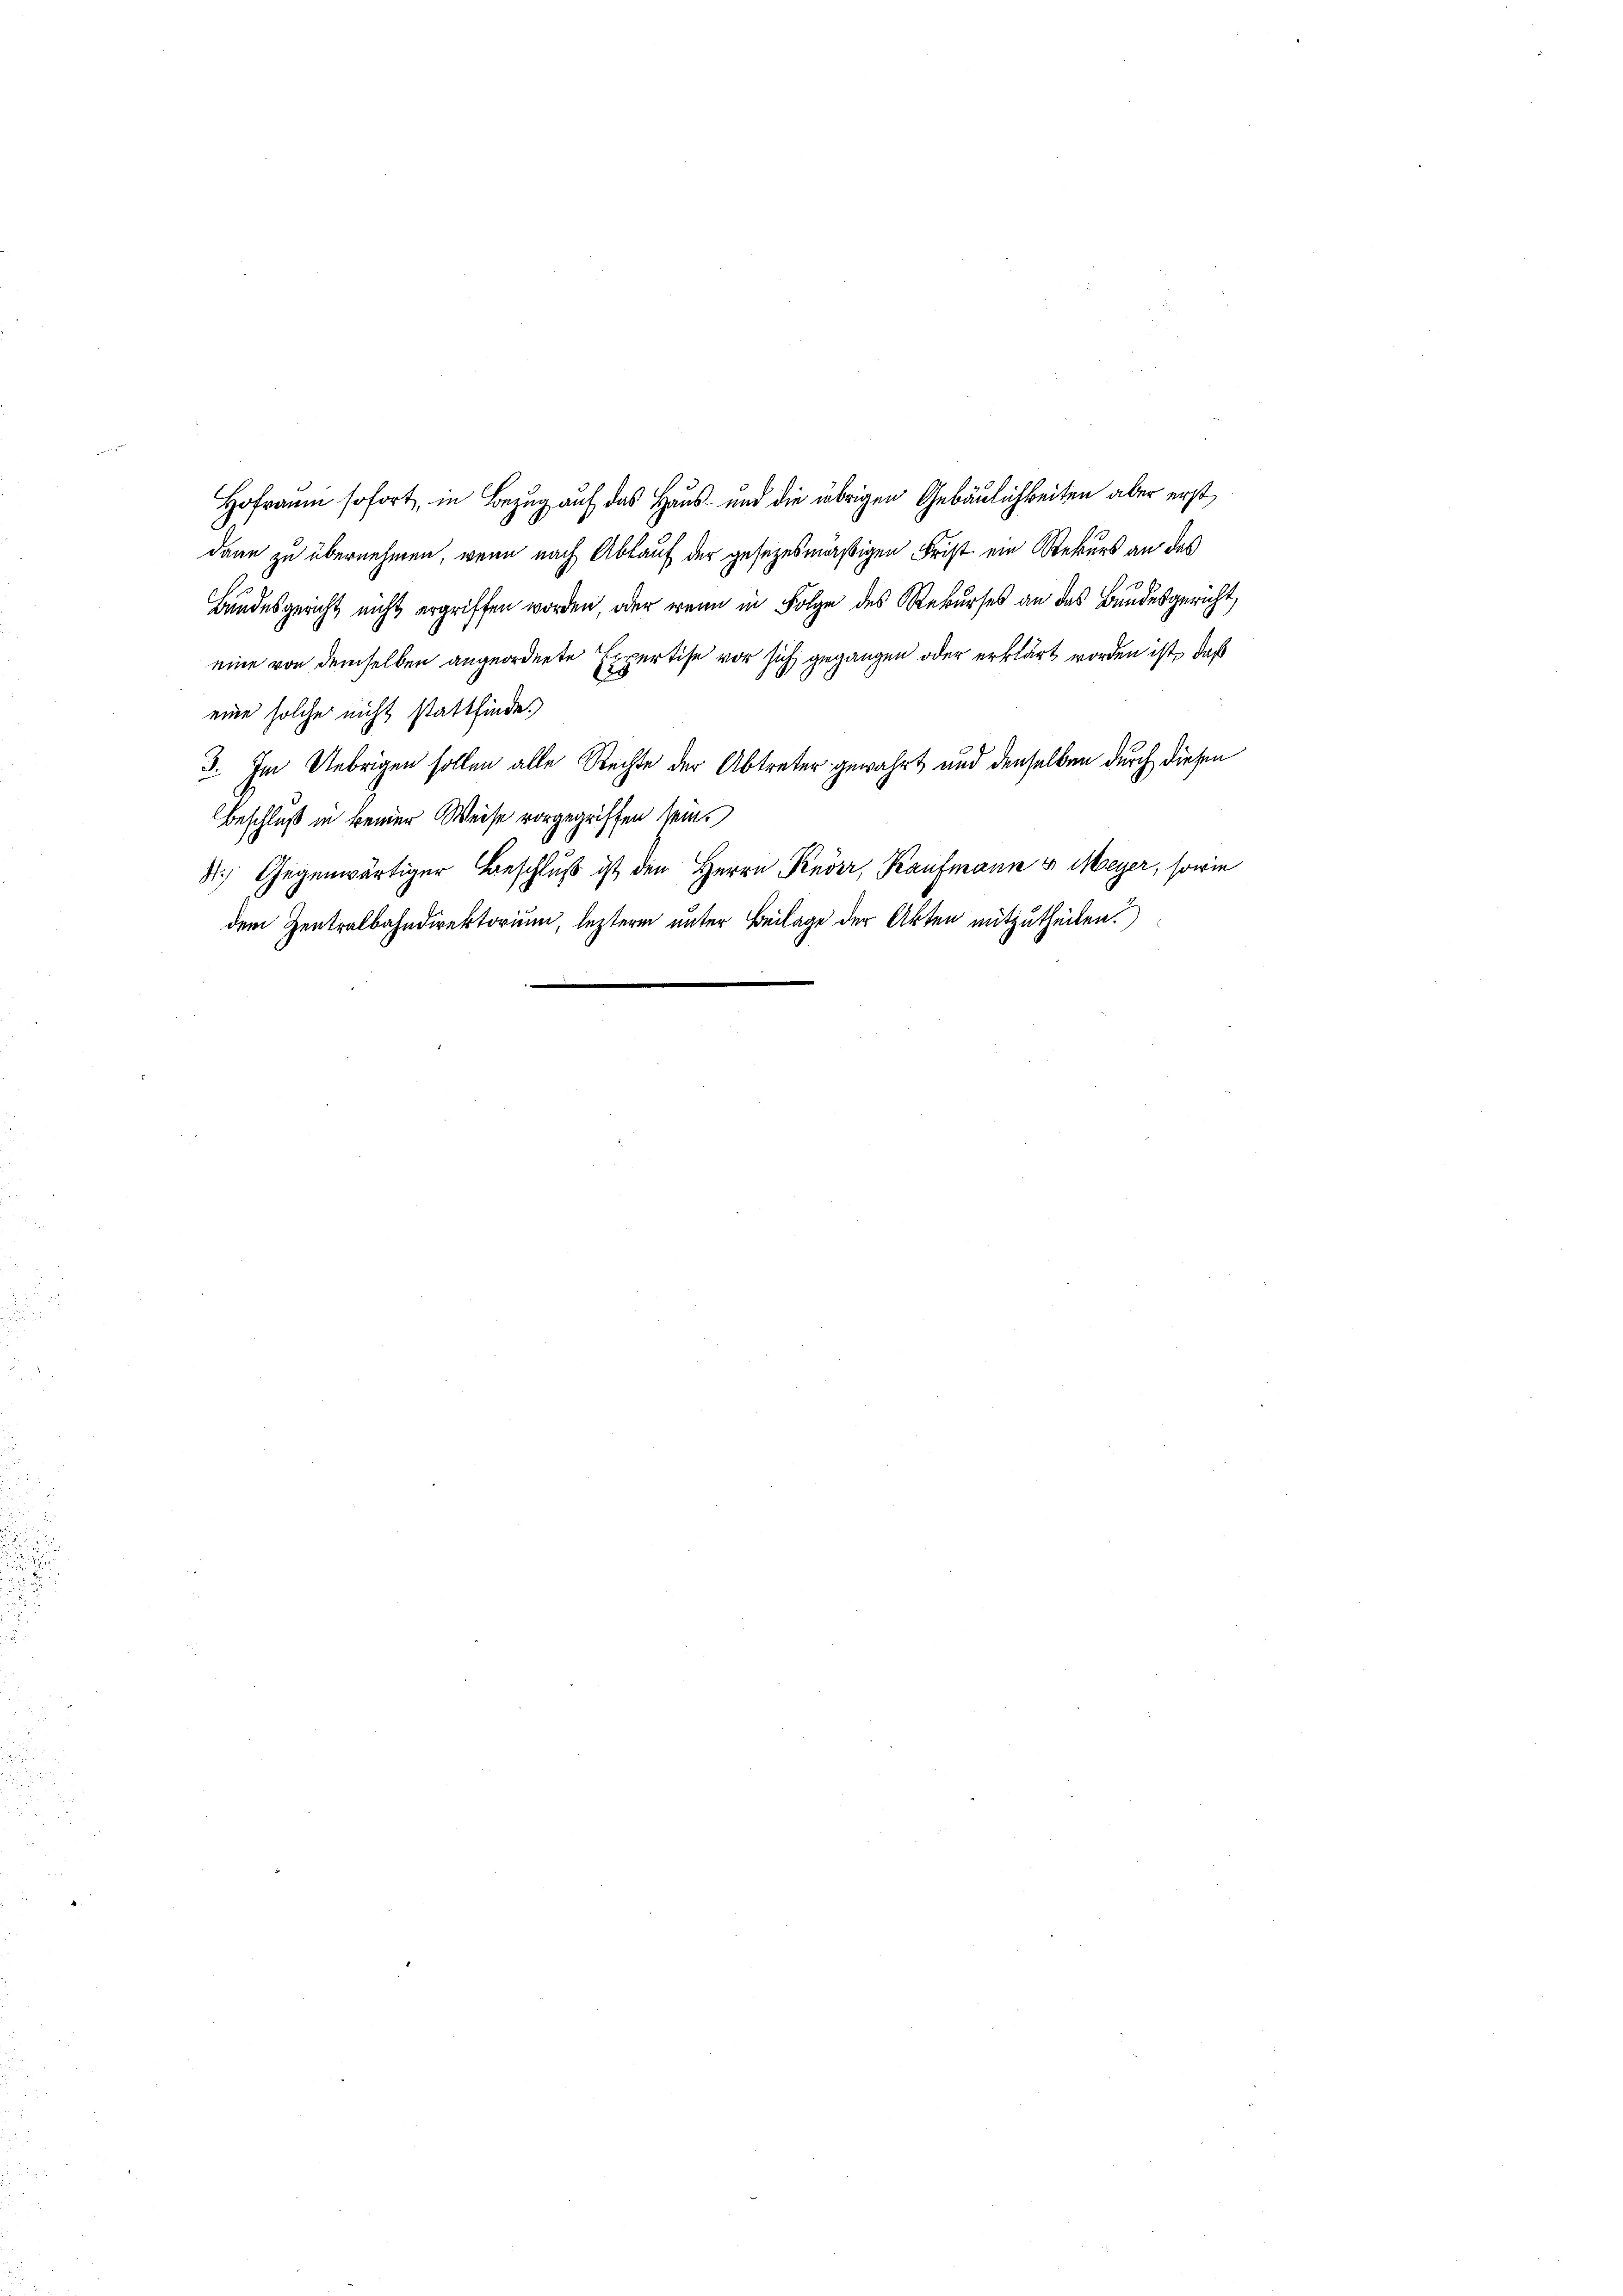
m
Hofraum sofort, in Bezug auf das Haus- und die übrigen Gebäulichkeiten aber erst
dann zu übernehmen, wenn nach Ablauf der gesezesmäßigen Frist ein Rekurs an das
Bundesgericht nicht ergriffen worden, oder wenn in Folge des Rekurses an das Bundesgericht
eine von demselben angeordnete Expertise vor sich gegangen oder erklärt worden ist, daß
eine solche nicht stattfinde.
3. Im Uebrigen sollen alle Rechte der Abtreter gewährt und denselben durch diesen
Beschluß in keiner Weise vorgegriffen sein.
8. Gegenwärtiger Beschluß ist den Herrn Rever, Kaufmann u. Meyer, sowie
dem Zentralbahndirektorium, leztere unter Beilage der Akten mitzutheilen.)
e
.